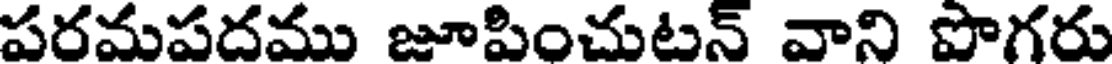
పరమపదము జూపించుటన్ వాని పొగరు